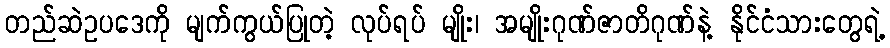
တည်ဆဲဥပဒေကို မျက်ကွယ်ပြုတဲ့ လုပ်ရပ် မျိုး၊ အမျိုးဂုဏ်ဇာတိဂုဏ်နဲ့ နိုင်ငံသားတွေရဲ့